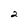
Character: 2